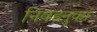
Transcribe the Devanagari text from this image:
निवडनुकां